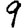
Digit: 9